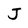
Character: J